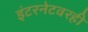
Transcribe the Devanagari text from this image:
इंटरनेटवरही